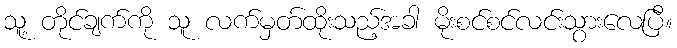
သူ့ တိုင်ချက်ကို သူ လက်မှတ်ထိုးသည့်အခါ မိုးစင်စင်လင်းသွားလေပြီ။